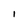
Character: i